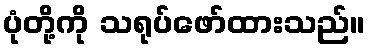
ပုံတို့ကို သရုပ်ဖော်ထားသည်။